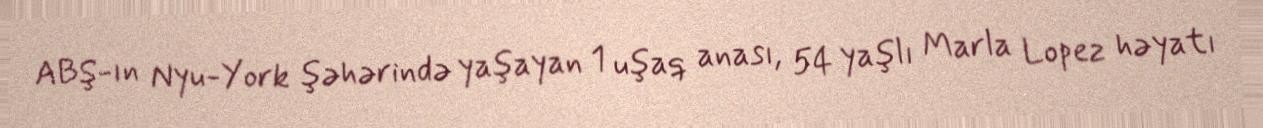
ABŞ-ın Nyu-York şəhərində yaşayan 1 uşaq anası, 54 yaşlı Marla Lopez həyatı